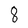
Character: 8